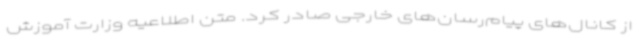
از کانال‌های پیام‌رسان‌های خارجی صادر کرد. متن اطلاعیه وزارت آموزش